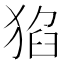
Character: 𤟅